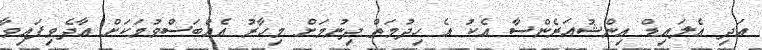
އަދި އެލައިޑް އިންޝުއަރެންސާ އެކު އެ ހިދުމަތް ދިނުމަށް މިހާރު އެއްބަސްވުމަކަށް އާދެވިފައިވާ